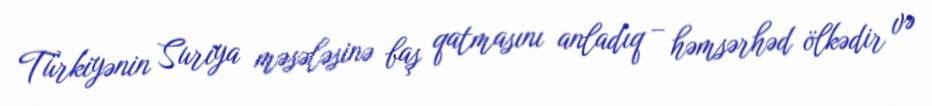
Türkiyənin Suriya məsələsinə baş qatmasını anladıq – həmsərhəd ölkədir və